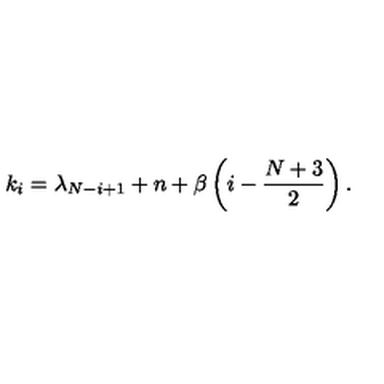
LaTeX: k _ { i } = \lambda _ { N - i + 1 } + n + \beta \left( i - \frac { N + 3 } { 2 } \right) .